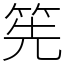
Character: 筅